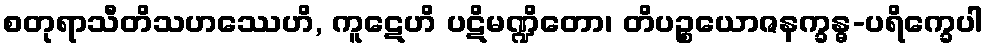
စတုရာသီတိသဟဿေဟိ, ကူဋေဟိ ပဋိမဏ္ဍိတော၊ တိပဉ္စယောဇနက္ခန္ဓ-ပရိက္ခေပါ